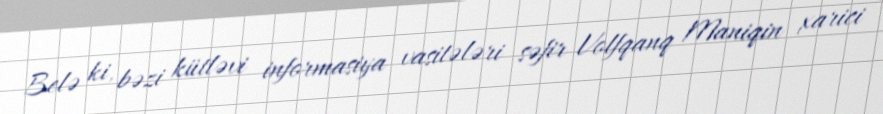
Belə ki, bəzi kütləvi informasiya vasitələri səfir Volfqanq Maniqin xarici